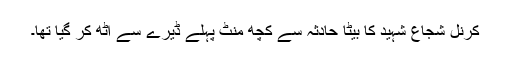
کرنل شجاع شہید کا بیٹا حادثہ سے کچھ منٹ پہلے ڈیرے سے اٹھ کر گیا تھا۔